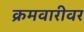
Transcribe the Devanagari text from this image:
क्रमवारीवर